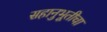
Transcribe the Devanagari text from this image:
सहानुभूतीचा